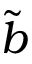
\tilde { b }